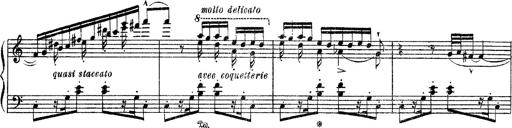
Title: Apparitions
Composer: Franz Liszt